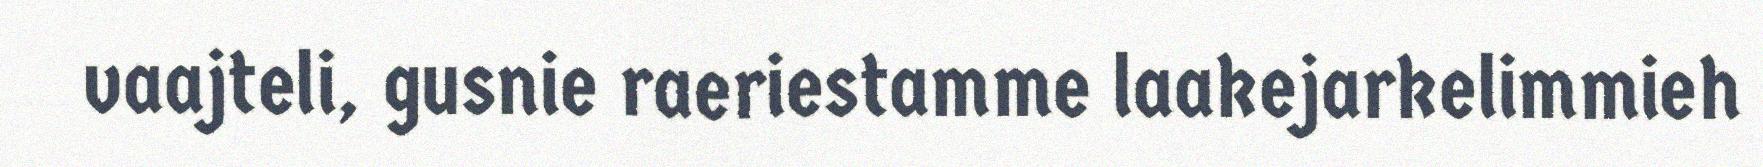
vaajteli, gusnie raeriestamme laakejarkelimmieh